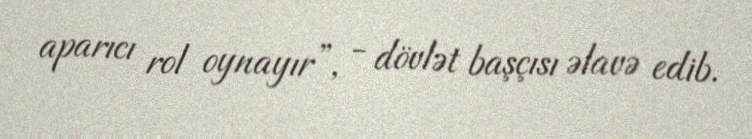
aparıcı rol oynayır”, - dövlət başçısı əlavə edib.